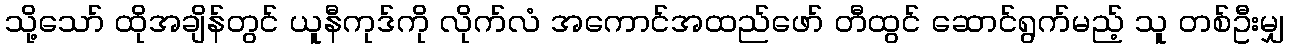
သို့သော် ထိုအချိန်တွင် ယူနီကုဒ်ကို လိုက်လံ အကောင်အထည်ဖော် တီထွင် ဆောင်ရွက်မည့် သူ တစ်ဦးမျှ